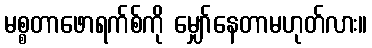
မစ္စတာဖောရက်စ်ကို မျှော်နေတာမဟုတ်လား။